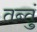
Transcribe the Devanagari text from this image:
तन्तुं